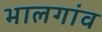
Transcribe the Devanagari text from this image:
भालगांव